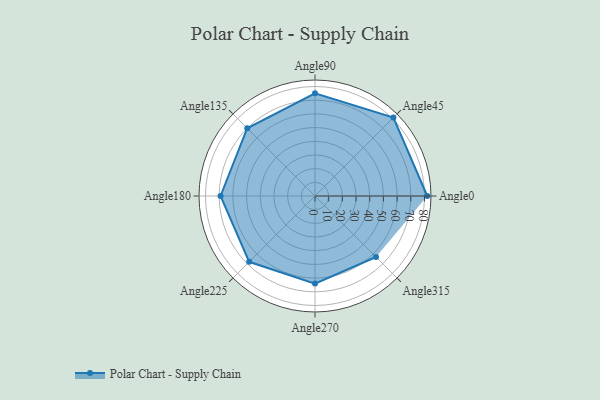
{"axis": {"x": "Angle", "y": "Radius"}, "legend": [""], "data": [{"x": "Angle0", "y": 82.0, "type": ""}, {"x": "Angle45", "y": 81.0, "type": ""}, {"x": "Angle90", "y": 75.0, "type": ""}, {"x": "Angle135", "y": 70.0, "type": ""}, {"x": "Angle180", "y": 69.0, "type": ""}, {"x": "Angle225", "y": 68.0, "type": ""}, {"x": "Angle270", "y": 64.0, "type": ""}, {"x": "Angle315", "y": 63.0, "type": ""}]}